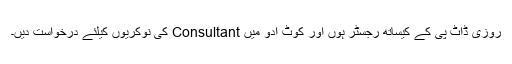
روزی ڈاٹ پی کے کیساتھ رجسٹر ہوں اور کوٹ ادو میں Consultant کی نوکریوں کیلئے درخواست دیں۔